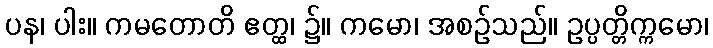
ပန၊ ပါး။ ကမတောတိ ဧတ္ထ၊ ၌။ ကမော၊ အစဉ်သည်။ ဥပ္ပတ္တိက္ကမော၊